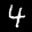
Label: 4